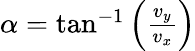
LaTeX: \begin{array}{r}{\alpha=\tan^{-1}\left(\frac{v_{y}}{v_{x}}\right)}\end{array}